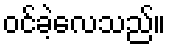
ဝင်ခဲ့လေသည်။